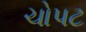
ચોપટ